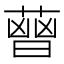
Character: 𦻤